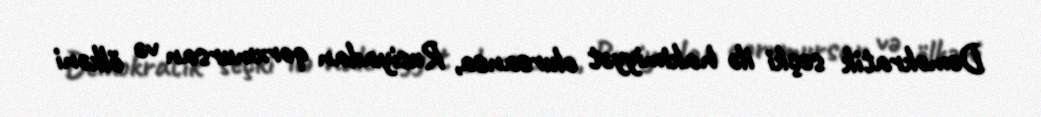
Demokratik seçki ilə hakimiyyət olursansa, Rusiyadan qorxmursan və ölkəni